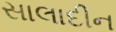
સાલાદીન